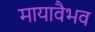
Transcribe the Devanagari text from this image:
मायावैभव